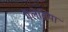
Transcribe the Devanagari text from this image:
गैलेसिया